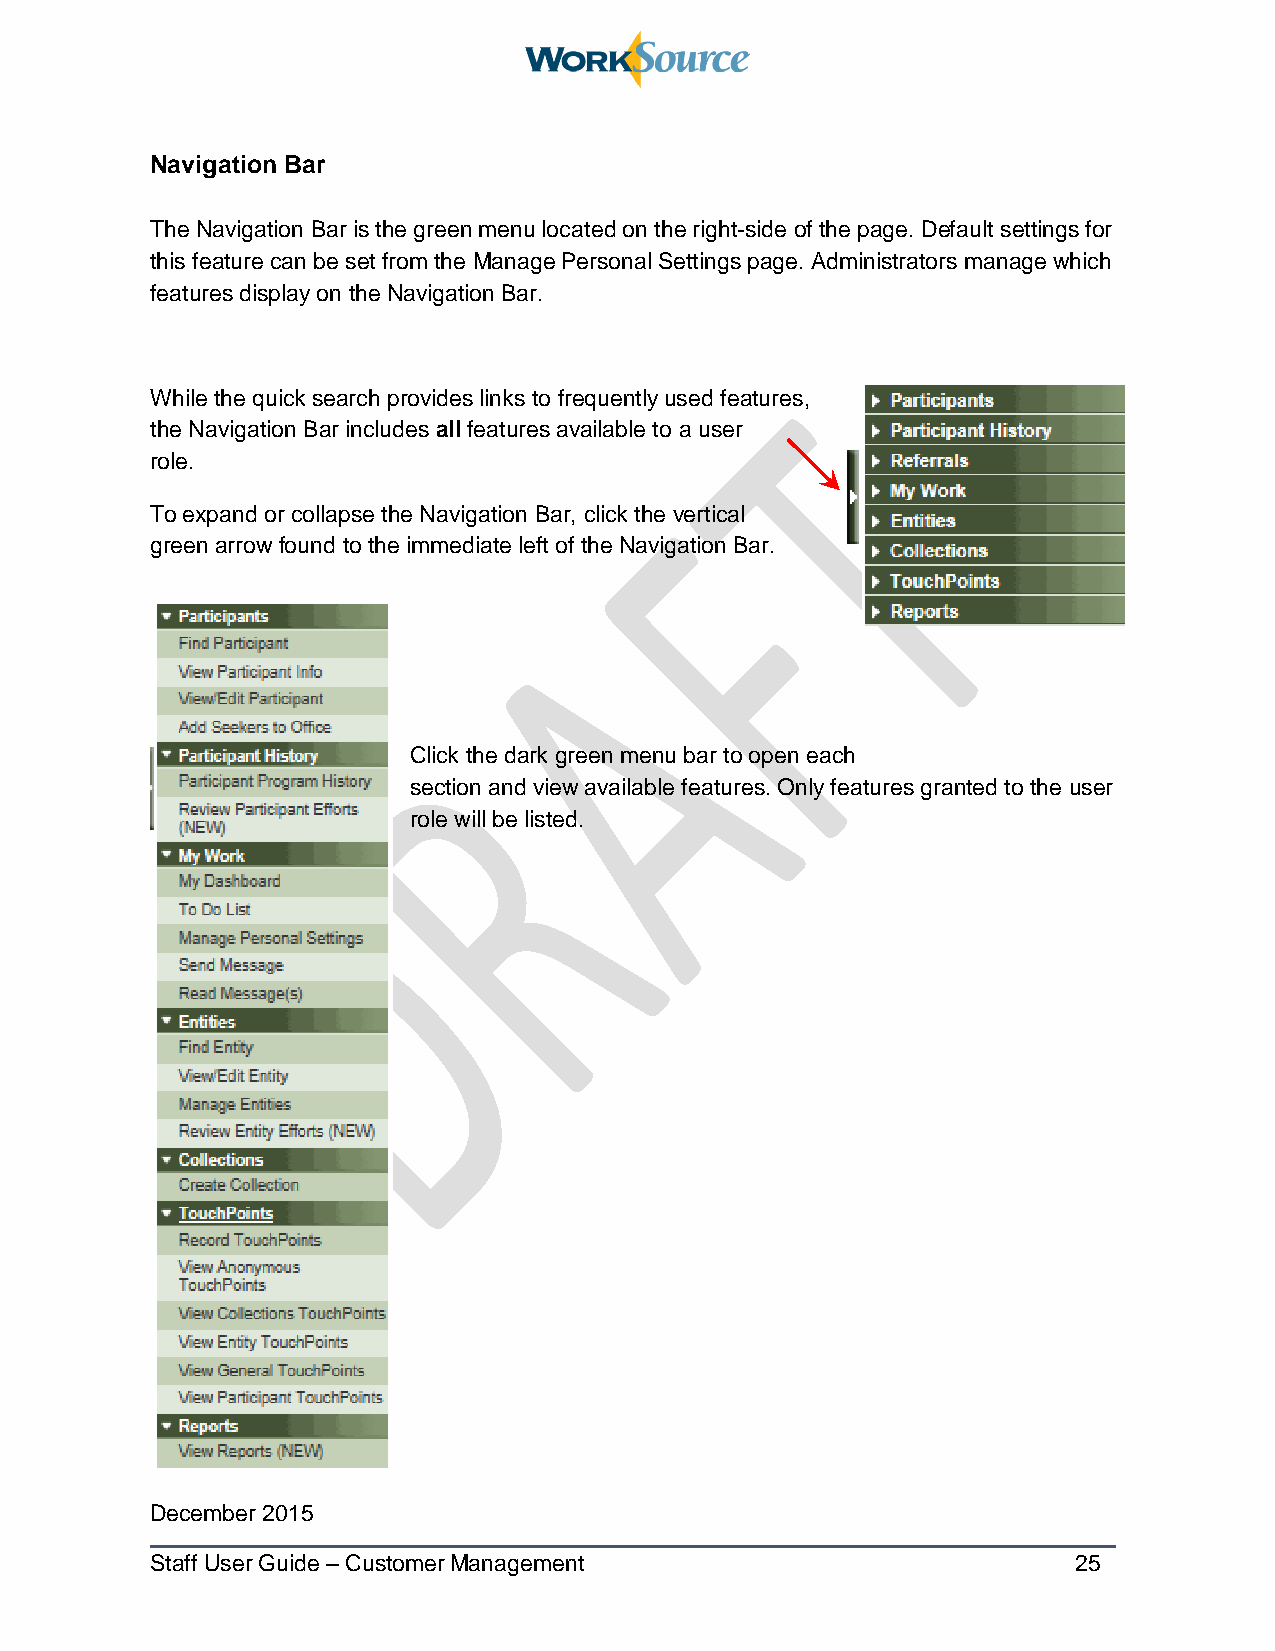
Navigation Bar
 The Navigation Bar is the green menu located on the right-side of the page. Default settings for
 this feature can be set from the Manage Personal Settings page. Administrators manage which
 features display on the Navigation Bar.
 While the quick search provides links to frequently used features,
 the Navigation Bar includes all features available to a user
 role.
 To expand or collapse the Navigation Bar, click the vertical
 green arrow found to the immediate left of the Navigation Bar.
 Click the dark green menu bar to open each
 section and view available features. Only features granted to the user
 role will be listed.
 December 2015
 Staff User Guide – Customer Management                       25